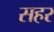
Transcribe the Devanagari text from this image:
सहर